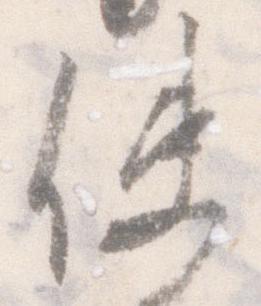
使